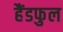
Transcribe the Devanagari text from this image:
हैंडफुल